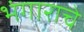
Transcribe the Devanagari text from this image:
भंगाराचे